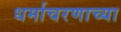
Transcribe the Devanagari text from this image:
धर्माचरणाच्या